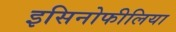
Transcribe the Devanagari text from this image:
इसिनोफीलिया